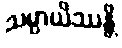
သမ္ပာယိဿန္တိ